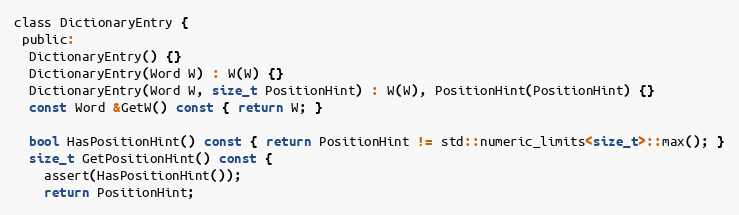
Language: C
class DictionaryEntry {
 public:
  DictionaryEntry() {}
  DictionaryEntry(Word W) : W(W) {}
  DictionaryEntry(Word W, size_t PositionHint) : W(W), PositionHint(PositionHint) {}
  const Word &GetW() const { return W; }

  bool HasPositionHint() const { return PositionHint != std::numeric_limits<size_t>::max(); }
  size_t GetPositionHint() const {
    assert(HasPositionHint());
    return PositionHint;